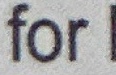
for